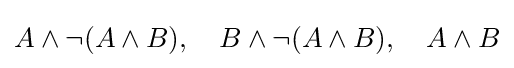
A\land \neg (A\land B),\quad B\land \neg (A\land B),\quad A\land B